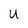
Character: U